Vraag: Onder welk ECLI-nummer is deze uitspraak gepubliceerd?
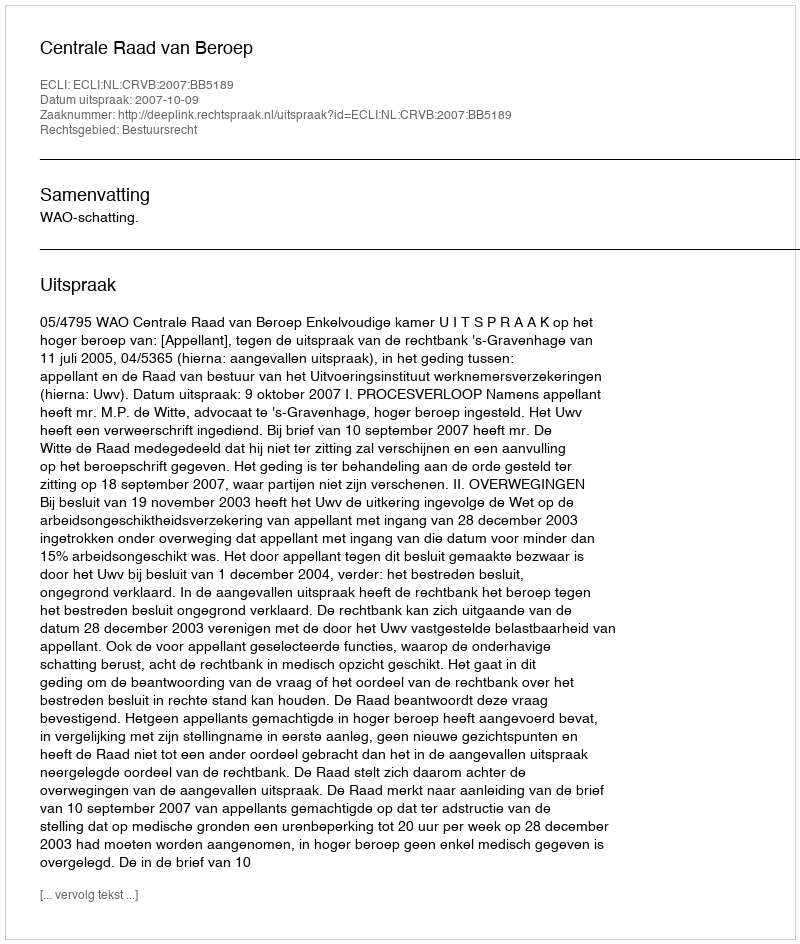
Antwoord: ECLI:NL:CRVB:2007:BB5189